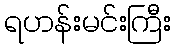
ရဟန်းမင်းကြီး